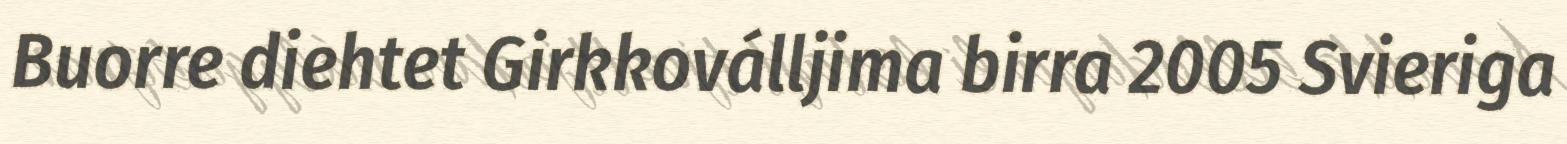
Buorre diehtet Girkkoválljima birra 2005 Svieriga